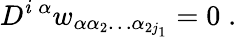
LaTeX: D^{\mathit{i}\; \alpha}w_{\alpha\alpha_{2}\ldots\alpha_{2j_{1}}}=0\; .